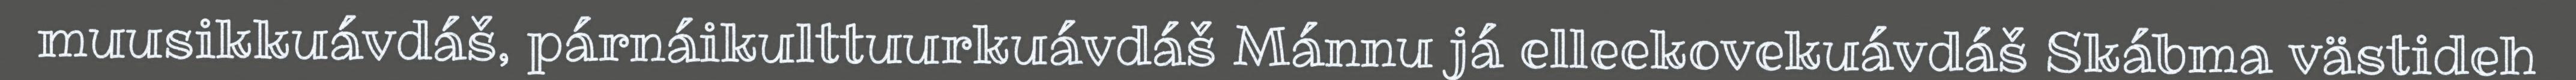
muusikkuávdáš, párnáikulttuurkuávdáš Mánnu já elleekovekuávdáš Skábma västideh